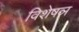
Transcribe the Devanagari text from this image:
विशेषञ